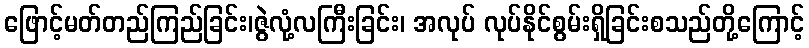
ဖြောင့်မတ်တည်ကြည်ခြင်း၊ဇွဲလုံ့လကြီးခြင်း၊ အလုပ် လုပ်နိုင်စွမ်းရှိခြင်းစသည်တို့ကြောင့်